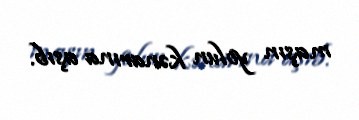
maşın yolun kənarına aşıb.